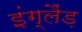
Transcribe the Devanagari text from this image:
इंग्लैंड़